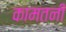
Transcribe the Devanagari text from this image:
कामतनी